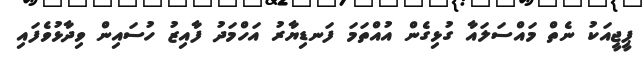
ޕީޖީއަކު ނެތް މައްސަލައާ ގުޅިގެން އުއްތަމަ ފަނޑިޔާރު އަހްމަދު ފާއިޒު ހުސައިން ވިދާޅުވެފައި